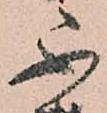
不